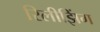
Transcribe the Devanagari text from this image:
रिलीझिंग